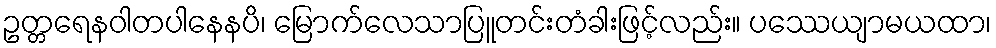
ဥတ္တရေနဝါတပါနေနပိ၊ မြောက်လေသာပြူတင်းတံခါးဖြင့်လည်း။ ပဿေယျာမယထာ၊